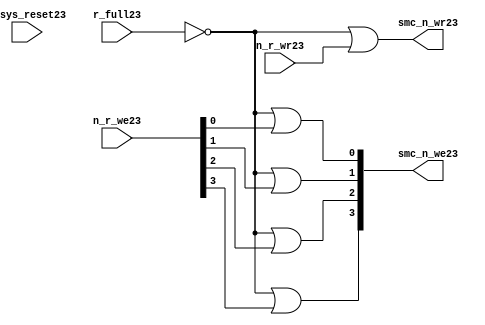
//File23 name   : smc_wr_enable_lite23.v
//Title23       : 
//Created23     : 1999
//Description23 : 
//Notes23       : 
//----------------------------------------------------------------------
//   Copyright23 1999-2010 Cadence23 Design23 Systems23, Inc23.
//   All Rights23 Reserved23 Worldwide23
//
//   Licensed23 under the Apache23 License23, Version23 2.0 (the
//   "License23"); you may not use this file except23 in
//   compliance23 with the License23.  You may obtain23 a copy of
//   the License23 at
//
//       http23://www23.apache23.org23/licenses23/LICENSE23-2.0
//
//   Unless23 required23 by applicable23 law23 or agreed23 to in
//   writing, software23 distributed23 under the License23 is
//   distributed23 on an "AS23 IS23" BASIS23, WITHOUT23 WARRANTIES23 OR23
//   CONDITIONS23 OF23 ANY23 KIND23, either23 express23 or implied23.  See
//   the License23 for the specific23 language23 governing23
//   permissions23 and limitations23 under the License23.
//----------------------------------------------------------------------


  module smc_wr_enable_lite23 (

                      //inputs23                      

                      n_sys_reset23,
                      r_full23,
                      n_r_we23,
                      n_r_wr23,

                      //outputs23

                      smc_n_we23,
                      smc_n_wr23);

//I23/O23
   
   input             n_sys_reset23;   //system reset
   input             r_full23;    // Full cycle write strobe23
   input [3:0]       n_r_we23;    //write enable from smc_strobe23
   input             n_r_wr23;    //write strobe23 from smc_strobe23
   output [3:0]      smc_n_we23;  // write enable (active low23)
   output            smc_n_wr23;  // write strobe23 (active low23)
   
   
//output reg declaration23.
   
   reg [3:0]          smc_n_we23;
   reg                smc_n_wr23;

//----------------------------------------------------------------------
// negedge strobes23 with clock23.
//----------------------------------------------------------------------
      

//----------------------------------------------------------------------
      
//--------------------------------------------------------------------
// Gate23 Write strobes23 with clock23.
//--------------------------------------------------------------------

  always @(r_full23 or n_r_we23)
  
  begin
  
     smc_n_we23[0] = ((~r_full23  ) | n_r_we23[0] );

     smc_n_we23[1] = ((~r_full23  ) | n_r_we23[1] );

     smc_n_we23[2] = ((~r_full23  ) | n_r_we23[2] );

     smc_n_we23[3] = ((~r_full23  ) | n_r_we23[3] );

  
  end

//--------------------------------------------------------------------   
//write strobe23 generation23
//--------------------------------------------------------------------   

  always @(n_r_wr23 or r_full23 )
  
     begin
  
        smc_n_wr23 = ((~r_full23 ) | n_r_wr23 );
       
     end

endmodule // smc_wr_enable23